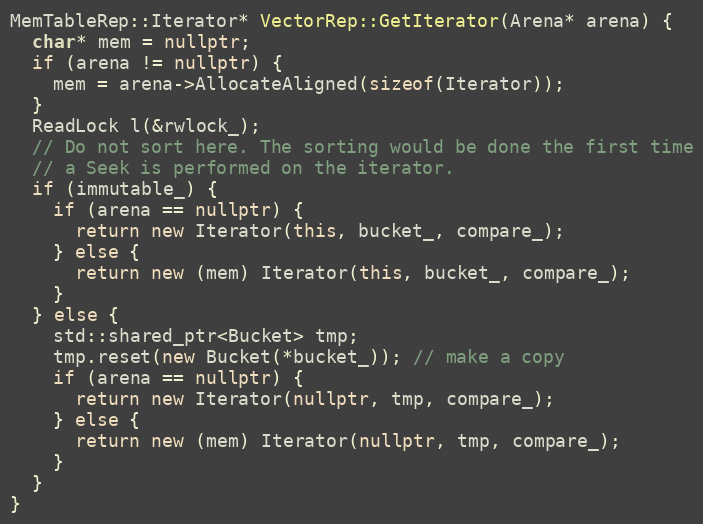
Language: C++
MemTableRep::Iterator* VectorRep::GetIterator(Arena* arena) {
  char* mem = nullptr;
  if (arena != nullptr) {
    mem = arena->AllocateAligned(sizeof(Iterator));
  }
  ReadLock l(&rwlock_);
  // Do not sort here. The sorting would be done the first time
  // a Seek is performed on the iterator.
  if (immutable_) {
    if (arena == nullptr) {
      return new Iterator(this, bucket_, compare_);
    } else {
      return new (mem) Iterator(this, bucket_, compare_);
    }
  } else {
    std::shared_ptr<Bucket> tmp;
    tmp.reset(new Bucket(*bucket_)); // make a copy
    if (arena == nullptr) {
      return new Iterator(nullptr, tmp, compare_);
    } else {
      return new (mem) Iterator(nullptr, tmp, compare_);
    }
  }
}